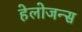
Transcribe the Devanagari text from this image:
हेलोजन्स